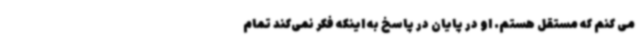
می کنم که مستقل هستم. او در پایان در پاسخ به اینکه فکر نمی‌کند تمام